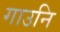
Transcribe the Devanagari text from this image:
गाउनि